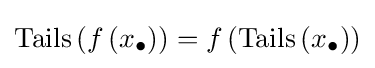
\operatorname {Tails} \left(f\left(x_{\bullet }\right)\right)=f\left(\operatorname {Tails} \left(x_{\bullet }\right)\right)